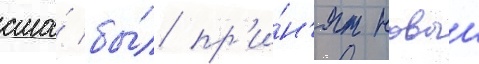
сша́ бы́л пр'и́н'ят новыи